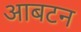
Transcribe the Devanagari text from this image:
आबटन